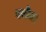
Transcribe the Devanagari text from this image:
बरोज।